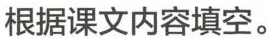
根据课文内容填空。